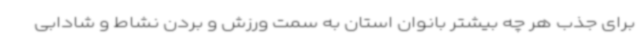
برای جذب هر چه بیشتر بانوان استان به سمت ورزش و بردن نشاط و شادابی